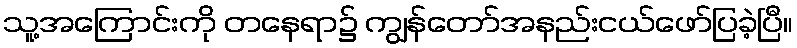
သူ့အကြောင်းကို တနေရာ၌ ကျွန်တော်အနည်းငယ်ဖော်ပြခဲ့ပြီ။